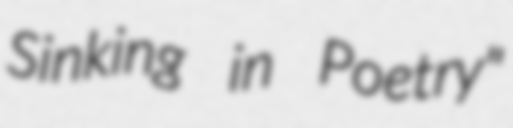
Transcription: Sinking in Poetry"